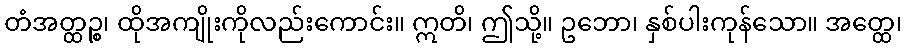
တံအတ္ထဉ္စ၊ ထိုအကျိုးကိုလည်းကောင်း။ ဣတိ၊ ဤသို့။ ဥဘော၊ နှစ်ပါးကုန်သော။ အတ္ထေ၊